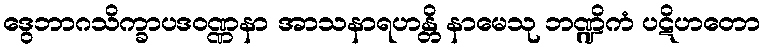
ဒွေဘာဂသိက္ခာပဒဝဏ္ဏနာ အာသနာရဟန္တိ နာမေသု ဘဏ္ဍိကံ ပဋိဟတော